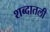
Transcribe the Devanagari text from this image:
शब्दातली